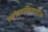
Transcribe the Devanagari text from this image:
स्लोव्हाकियातील